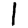
Digit: 1